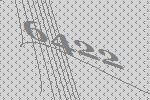
6422